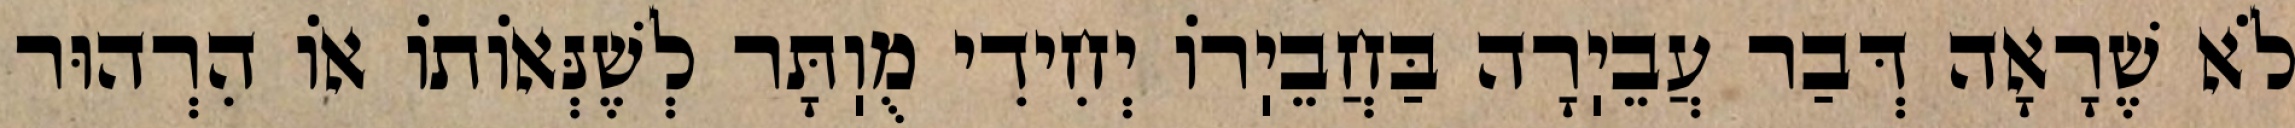
לֹא שֶׁרָאָה דְּבַר עֲבֵיֽרָה בַּחֲבֵיֽרוֹ יְחִידִי מֻוֽתָּר לְשֶׁנְּאוֹתוֹ אוֹ הִרְהוּר